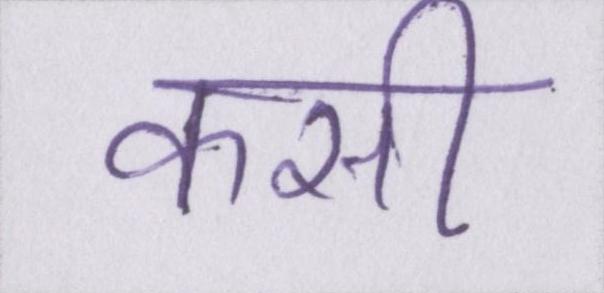
कसी